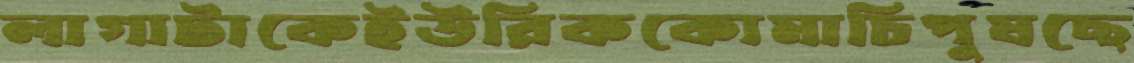
লাগাটাকেইউরিককোমাচিপুষছে